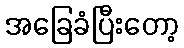
အခြေခံပြီးတော့